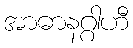
အာဓာနဂ္ဂါဟီ